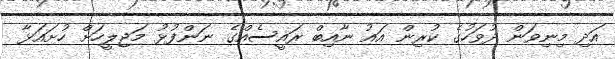
އަދި މިނިވަން ދުވަހުގެ ކުރިން އައު ނާއިބް ރައީސެއްގެ ނަންފުޅު މަޖިލީހަށް ހުށައަޅާ